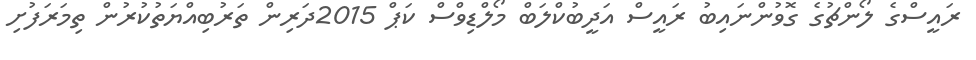
ރައީސްގެ ލޯންޗުގެ ގޮވުންނައިބު ރައީސް އަދީބުކްލަބް މޯލްޑިވްސް ކަޕް 2015ދަރިން ތަރުބިއްޔަތުކުރުން ތިމަރަފުށި